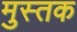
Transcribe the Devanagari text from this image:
मुस्तक